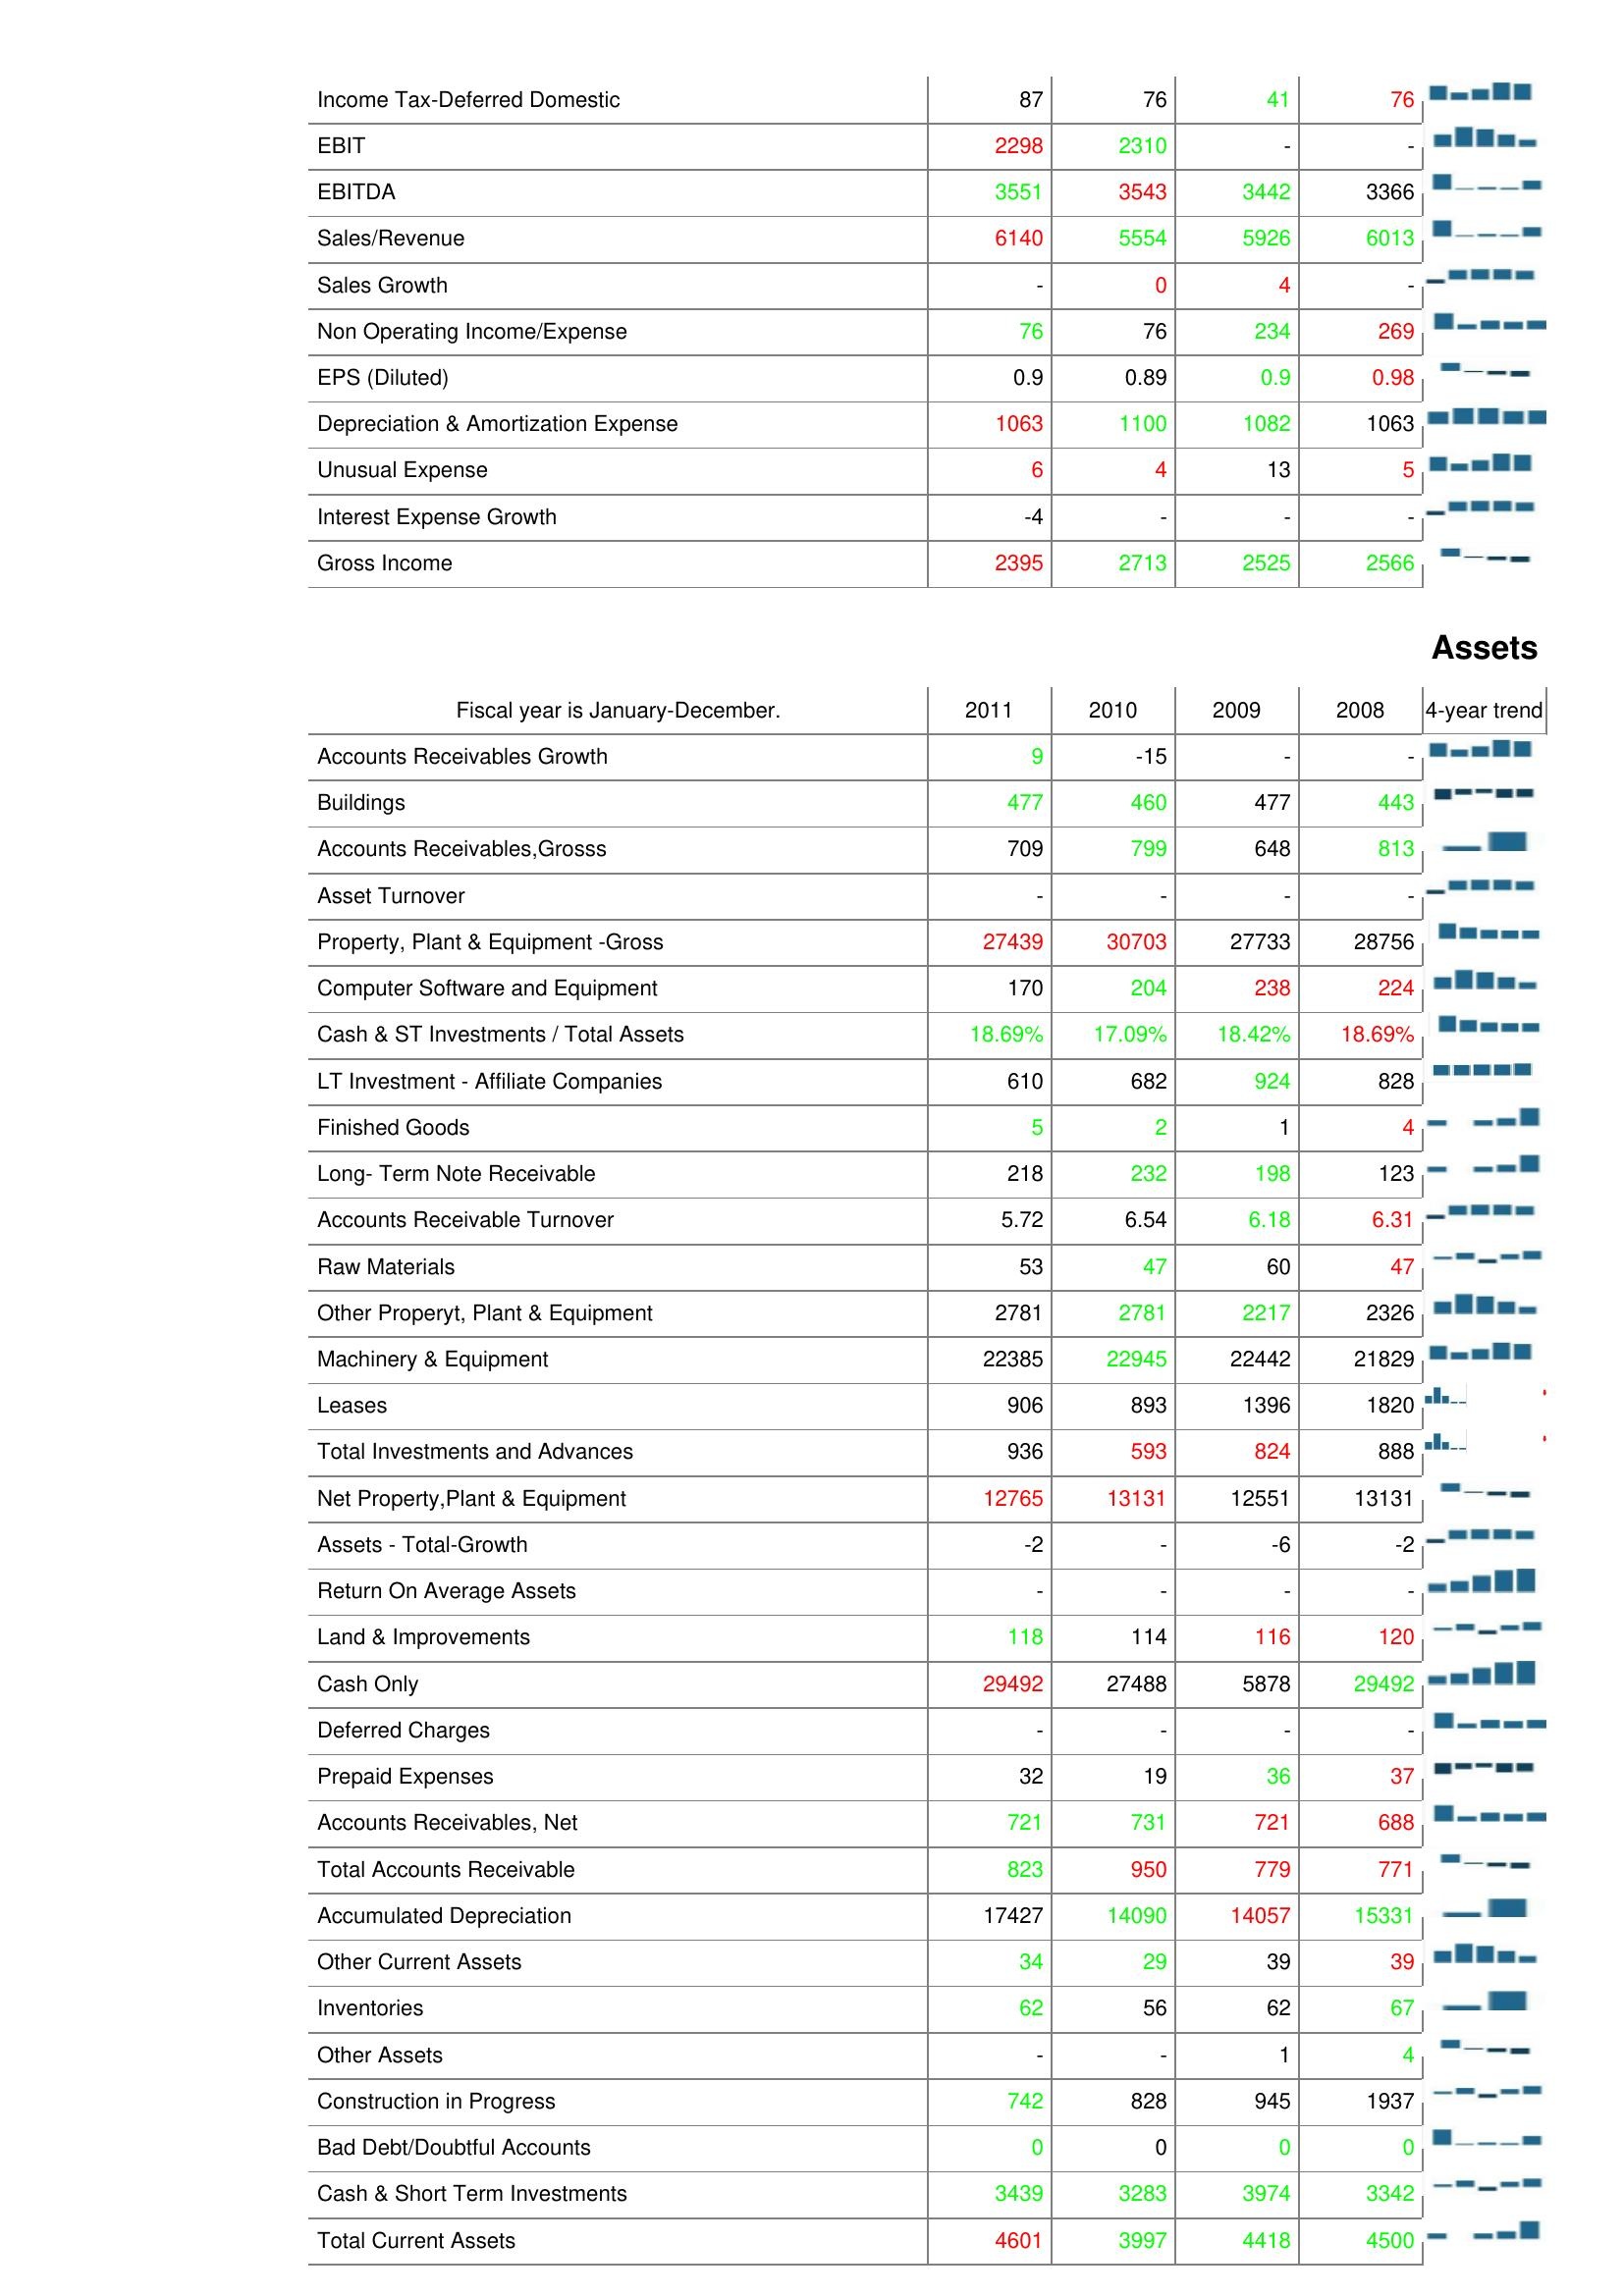
2011: : Income Tax-Deferred Domestic: 87
EBIT: 2298
EBITDA: 3551
Sales/Revenue: 6140
Sales Growth: -
Non Operating Income/Expense: 76
EPS (Diluted): 0.9
Depreciation & Amortization Expense: 1063
Unusual Expense: 6
Interest Expense Growth: -4
Gross Income: 2395
Assets: Accounts Receivables Growth: 9
Buildings: 477
Accounts Receivables,Grosss: 709
Asset Turnover: -
Property, Plant & Equipment -Gross: 27439
Computer Software and Equipment: 170
Cash & ST Investments / Total Assets: 18.69%
LT Investment - Affiliate Companies: 610
Finished Goods: 5
Long- Term Note Receivable: 218
Accounts Receivable Turnover: 5.72
Raw Materials: 53
Other Properyt, Plant & Equipment: 2781
Machinery & Equipment: 22385
Leases: 906
Total Investments and Advances: 936
Net Property,Plant & Equipment: 12765
Assets - Total-Growth: -2
Return On Average Assets: -
Land & Improvements: 118
Cash Only: 29492
Deferred Charges: -
Prepaid Expenses: 32
Accounts Receivables, Net: 721
Total Accounts Receivable: 823
Accumulated Depreciation: 17427
Other Current Assets: 34
Inventories: 62
Other Assets: -
Construction in Progress: 742
Bad Debt/Doubtful Accounts: 0
Cash & Short Term Investments: 3439
Total Current Assets: 4601
2010: : Income Tax-Deferred Domestic: 76
EBIT: 2310
EBITDA: 3543
Sales/Revenue: 5554
Sales Growth: 0
Non Operating Income/Expense: 76
EPS (Diluted): 0.89
Depreciation & Amortization Expense: 1100
Unusual Expense: 4
Interest Expense Growth: -
Gross Income: 2713
Assets: Accounts Receivables Growth: -15
Buildings: 460
Accounts Receivables,Grosss: 799
Asset Turnover: -
Property, Plant & Equipment -Gross: 30703
Computer Software and Equipment: 204
Cash & ST Investments / Total Assets: 17.09%
LT Investment - Affiliate Companies: 682
Finished Goods: 2
Long- Term Note Receivable: 232
Accounts Receivable Turnover: 6.54
Raw Materials: 47
Other Properyt, Plant & Equipment: 2781
Machinery & Equipment: 22945
Leases: 893
Total Investments and Advances: 593
Net Property,Plant & Equipment: 13131
Assets - Total-Growth: -
Return On Average Assets: -
Land & Improvements: 114
Cash Only: 27488
Deferred Charges: -
Prepaid Expenses: 19
Accounts Receivables, Net: 731
Total Accounts Receivable: 950
Accumulated Depreciation: 14090
Other Current Assets: 29
Inventories: 56
Other Assets: -
Construction in Progress: 828
Bad Debt/Doubtful Accounts: 0
Cash & Short Term Investments: 3283
Total Current Assets: 3997
2009: : Income Tax-Deferred Domestic: 41
EBIT: -
EBITDA: 3442
Sales/Revenue: 5926
Sales Growth: 4
Non Operating Income/Expense: 234
EPS (Diluted): 0.9
Depreciation & Amortization Expense: 1082
Unusual Expense: 13
Interest Expense Growth: -
Gross Income: 2525
Assets: Accounts Receivables Growth: -
Buildings: 477
Accounts Receivables,Grosss: 648
Asset Turnover: -
Property, Plant & Equipment -Gross: 27733
Computer Software and Equipment: 238
Cash & ST Investments / Total Assets: 18.42%
LT Investment - Affiliate Companies: 924
Finished Goods: 1
Long- Term Note Receivable: 198
Accounts Receivable Turnover: 6.18
Raw Materials: 60
Other Properyt, Plant & Equipment: 2217
Machinery & Equipment: 22442
Leases: 1396
Total Investments and Advances: 824
Net Property,Plant & Equipment: 12551
Assets - Total-Growth: -6
Return On Average Assets: -
Land & Improvements: 116
Cash Only: 5878
Deferred Charges: -
Prepaid Expenses: 36
Accounts Receivables, Net: 721
Total Accounts Receivable: 779
Accumulated Depreciation: 14057
Other Current Assets: 39
Inventories: 62
Other Assets: 1
Construction in Progress: 945
Bad Debt/Doubtful Accounts: 0
Cash & Short Term Investments: 3974
Total Current Assets: 4418
2008: : Income Tax-Deferred Domestic: 76
EBIT: -
EBITDA: 3366
Sales/Revenue: 6013
Sales Growth: -
Non Operating Income/Expense: 269
EPS (Diluted): 0.98
Depreciation & Amortization Expense: 1063
Unusual Expense: 5
Interest Expense Growth: -
Gross Income: 2566
Assets: Accounts Receivables Growth: -
Buildings: 443
Accounts Receivables,Grosss: 813
Asset Turnover: -
Property, Plant & Equipment -Gross: 28756
Computer Software and Equipment: 224
Cash & ST Investments / Total Assets: 18.69%
LT Investment - Affiliate Companies: 828
Finished Goods: 4
Long- Term Note Receivable: 123
Accounts Receivable Turnover: 6.31
Raw Materials: 47
Other Properyt, Plant & Equipment: 2326
Machinery & Equipment: 21829
Leases: 1820
Total Investments and Advances: 888
Net Property,Plant & Equipment: 13131
Assets - Total-Growth: -2
Return On Average Assets: -
Land & Improvements: 120
Cash Only: 29492
Deferred Charges: -
Prepaid Expenses: 37
Accounts Receivables, Net: 688
Total Accounts Receivable: 771
Accumulated Depreciation: 15331
Other Current Assets: 39
Inventories: 67
Other Assets: 4
Construction in Progress: 1937
Bad Debt/Doubtful Accounts: 0
Cash & Short Term Investments: 3342
Total Current Assets: 4500